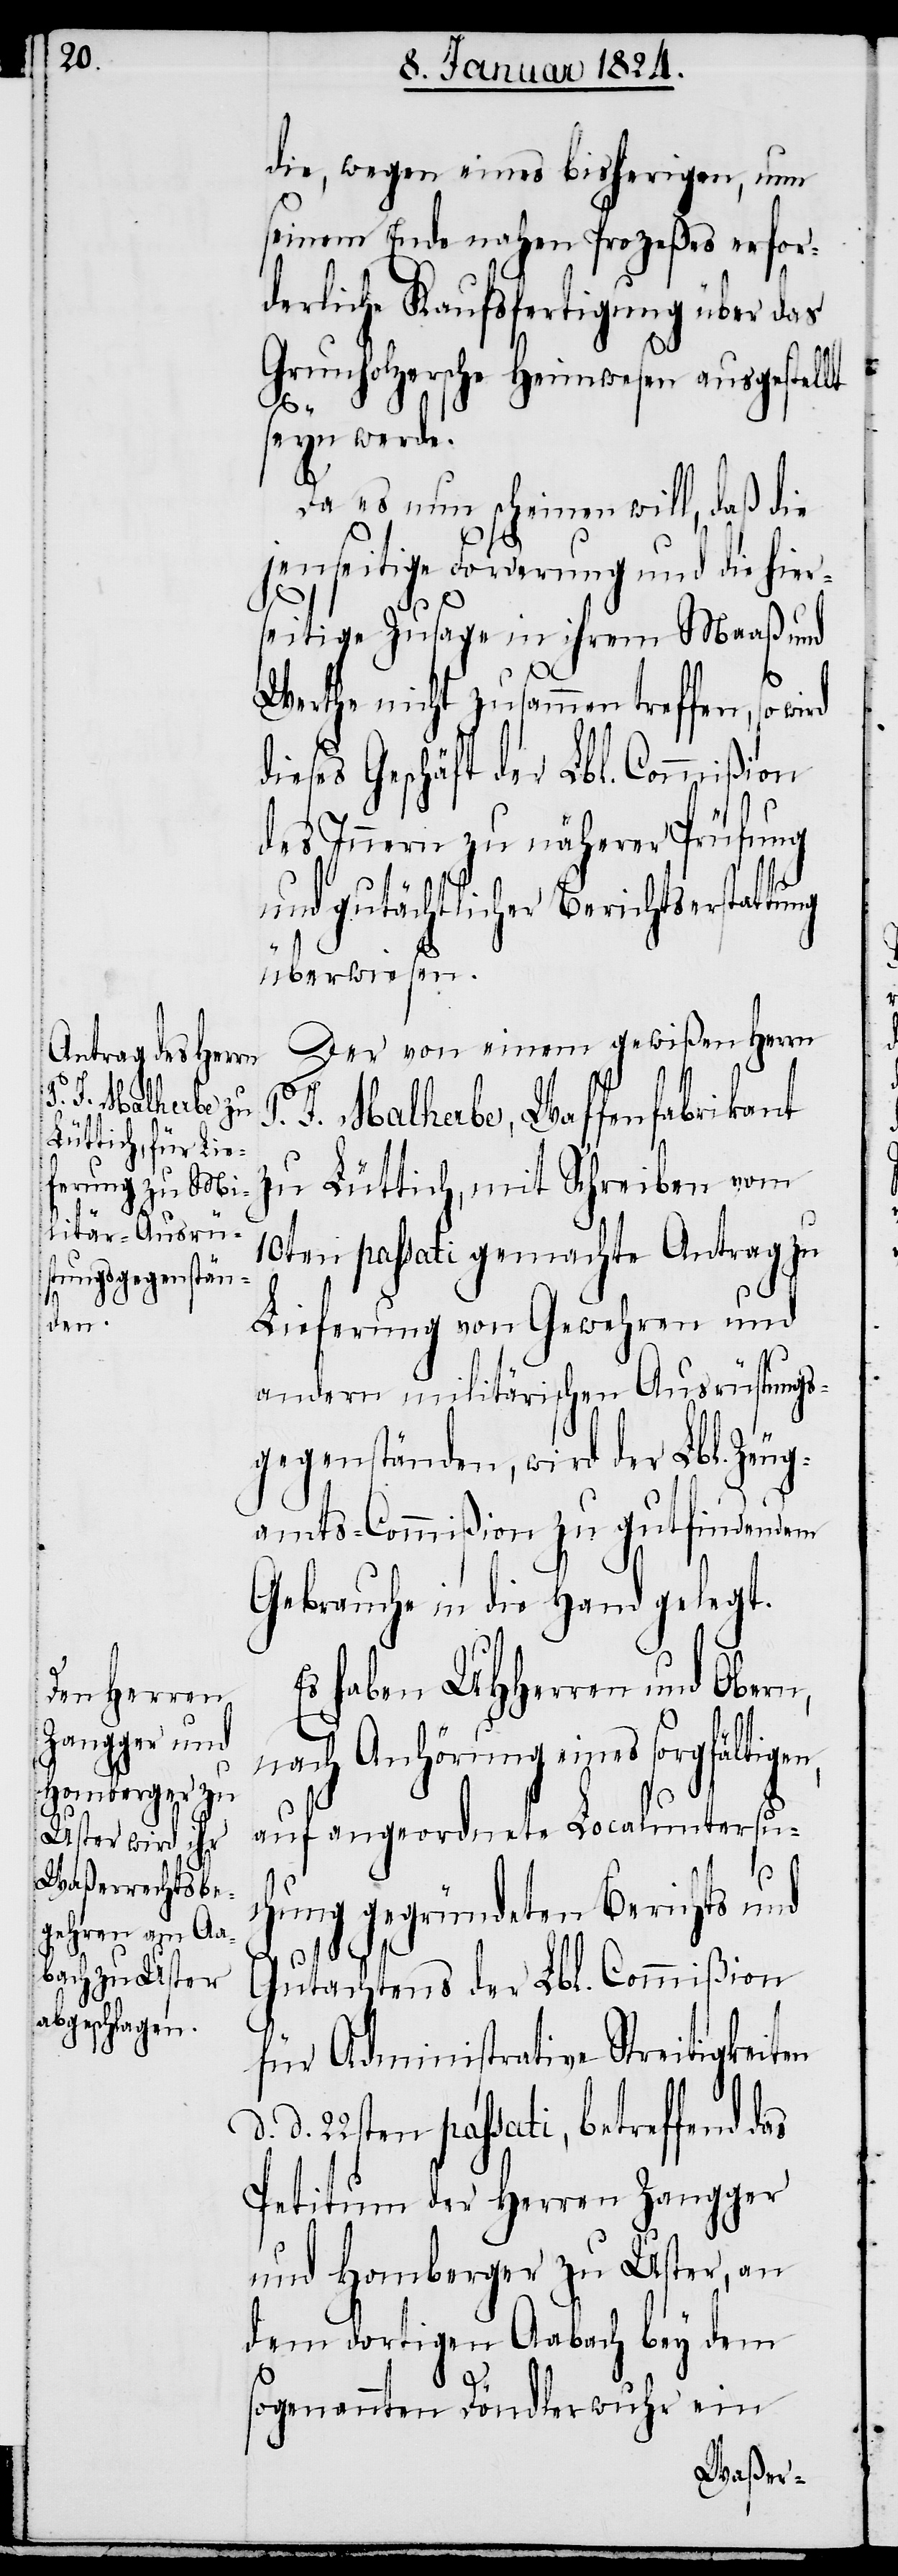
die, wegen eines bisherigen, nun
seinem Ende nahen Prozeßes erfor¬
derliche Kaufsfertigung über das
Grunholzersche Heimwesen ausgestellt
seyn werde.
Da es nun scheinen will, daß die
jenseitige Forderung und die hier¬
seitige Zusage in ihrem Maaß und
Werthe nicht zusammen treffen, so wi¬
ieses Geschäft der Lbl. Commißion
Innern zu näherer Prüfung
und gutächtlicher Berichtserstattung
überwiesen.
Der von einem gewißen Herrn
J. Malherbe, Waffenfabrikant
zu Lüttich, mit Schreiben vom
10ten passati gemachte Antrag zu
Lieferung von Gewehren und
andern militärischen Ausrüstungs¬
gegenständen, wird der Lbl. Zeug¬
amts-Commißion zu gutfindendem
Gebrauche in die Hand gelegt.
Es haben UHHerren und Obern,
nach Anhörung eines
auf angeordnete Localuntersu¬
chung gegründeten Berichts und
rd d¬
Gutachtens der Lbl. Commißion
für Administrative Streitigkeiten
d. 22sten passati, betreffend
Petitum der Herren Zangger
und Homberger zu Uster, an
dem dortigen Aabach bey dem
sogenannten Döndlerwuhr ein